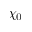
\chi _ { 0 }